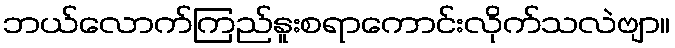
ဘယ်လောက်ကြည်နူးစရာကောင်းလိုက်သလဲဗျာ။